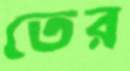
তের